Vaccination in Bombay 1913-1923 - 1913-1923
Year: 1913
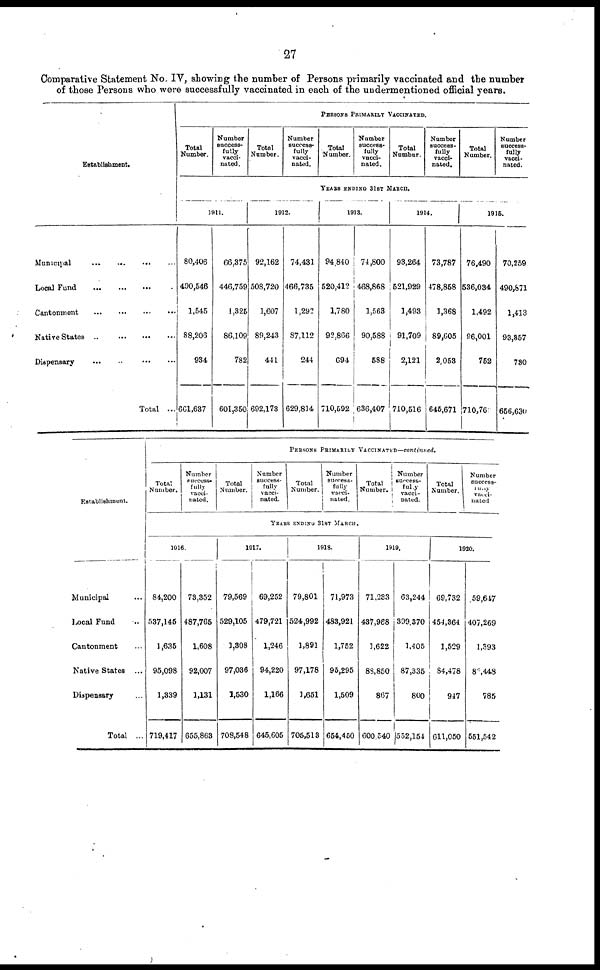
27
Comparative Statement No. IV, showing the number of Persons primarily vaccinated and the number
of those Persons who were successfully vaccinated in each of the undermentioned official years.
Establishment.
Municipal
...
...
...
...
Local Fund ... ... ... ...
Cantonment
...
...
...
...
Native States
...
...
...
...
Dispensary ... ... ... ...
Total ...
PERSONS PRIMARILY VACCINATED.
Total
Number.
Number
success-
fully
vacci-
nated.
Total
Number.
Number
success-
fully
vacci-
nated.
Total
Number.
Number
success-
fully
vacci-
nated.
Total
Number.
Number
success-
fully
vacci-
nated.
Total
Number.
Number
success-
fully
vacci-
nated.
YEARS ENDING 31ST MARCH.
1911.
80,406
490,546
1,545
88,206
934
661,637
66,375
446,759
1,325
86,109
782
601,350
1912.
92,162
508,720
1,607
89,243
441
692,173
74,431
466,735
1,292
87,112
244
629,814
1913.
94,840
520,412
1,780
92,866
694
710,592
74,800
468,868
1,563
90,588
588
636,407
1914.
93,264
521,929
1,493
91,709
2,121
710,516
73,787
478,858
1,368
89,605
2,053
645,671
1915.
76,490
536,034
1,492
96,001
752
710,761
70,259
490,871
1,413
93,857
730
656,630
Establishment.
Municipal ...
Local Fund ...
Cantonment ...
Native States ...
Dispensary ...
Total ...
PERSONS PRIMARILY VACCINATED—continued.
Total
Number.
Number
success-
fully
vacci-
nated.
Total
Number.
Number
success-
fully
vacci-
nated.
Total
Number.
Number
success-
fully
vacci-
nated.
Total
Number.
Number
success-
fully
vacci-
nated.
Total
Number.
Number
success-
fully
vacci-
nated
YEARS ENDING 31ST MARCH.
1916.
84,200
537,145
1,635
95,098
1,339
719,417
73,352
487,765
1,608
92,007
1,131
655,863
1917.
79,569
529,105
1,308
97,036
1,530
708,548
69,252
479,721
1,246
94,220
1,166
645,605
1918.
79,801
524,992
1,891
97,178
1,651
705,513
71,973
483,921
1,752
95,295
1,509
654,450
1919.
71,233
437,968
1,622
88,850
867
600,540
63,244
399,370
1,405
87,335
800
552,154
1920.
69,732
454,364
1,529
84,478
947
611,050
59,647
407,269
1,393
82,448
785
551,542